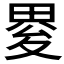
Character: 𤲋